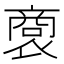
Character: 𧛨